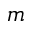
m